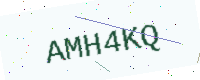
Text: AMH4KQ